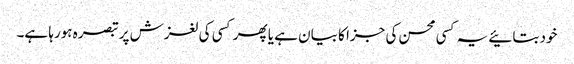
خود بتائیے یہ کسی محسن کی جزا کا بیان ہے یا پھر کسی کی لغزش پر تبصرہ ہورہا ہے۔